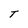
Character: T